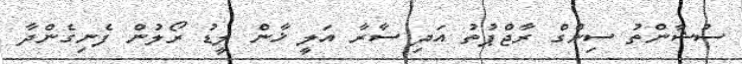
ސުޝާންތު ސިންގް ރާޖްޕުތު އަދި ސާރާ އަލީ ޚާން ލީޑު ރޯލުން ފެނިގެންދާ